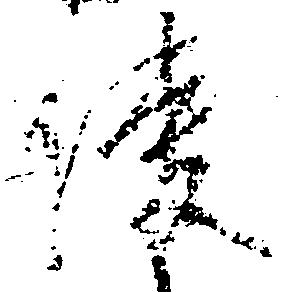
使